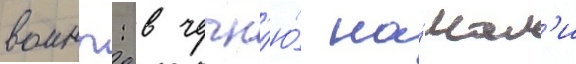
воины: в чечн'ю́ на́чал'и